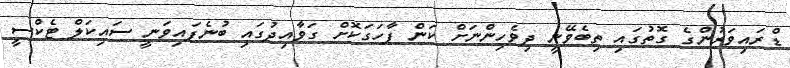
ޑްރައިވަރުންގެ ގޮތުގައި ތިބެވޭނީ ދިވެހިންނަށް ކަން ފާހަގަކޮށް ގަވާއިދުގައި ބުނެފައިވަނީ ސައިކަލް ޓެކްސީ